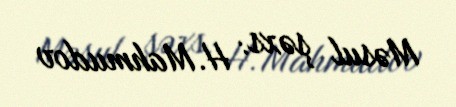
Məsul şəxs: H. Mahmudov